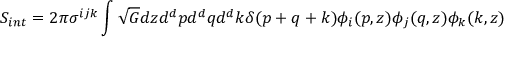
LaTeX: S _ { i n t } = 2 \pi \sigma ^ { i j k } \int \sqrt { G } d z d ^ { d } p d ^ { d } q d ^ { d } k \delta ( p + q + k ) \phi _ { i } ( p , z ) \phi _ { j } ( q , z ) \phi _ { k } ( k , z )